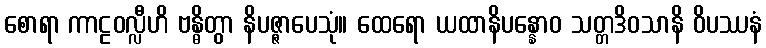
စောရာ ကာဠဝလ္လီဟိ ဗန္ဓိတွာ နိပဇ္ဇာပေသုံ။ ထေရော ယထာနိပန္နောဝ သတ္တဒိဝသာနိ ဝိပဿနံ